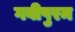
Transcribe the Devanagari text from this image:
गवीपुरम